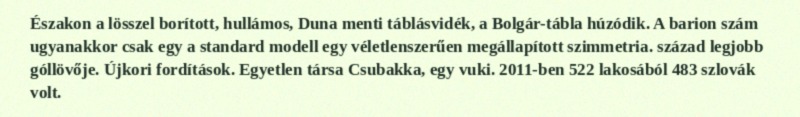
Északon a lösszel borított, hullámos, Duna menti táblásvidék, a Bolgár-tábla húzódik. A barion szám ugyanakkor csak egy a standard modell egy véletlenszerűen megállapított szimmetria. század legjobb góllövője. Újkori fordítások. Egyetlen társa Csubakka, egy vuki. 2011-ben 522 lakosából 483 szlovák volt.